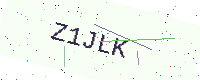
Text: Z1JLK